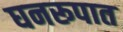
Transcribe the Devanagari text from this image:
घनरूपात